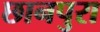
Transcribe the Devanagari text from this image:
छानपुरा